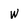
Character: W